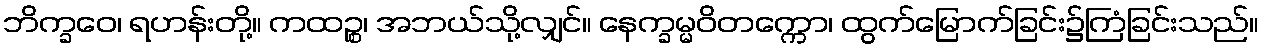
ဘိက္ခဝေ၊ ရဟန်းတို့။ ကထဉ္စ၊ အဘယ်သို့လျှင်။ နေက္ခမ္မဝိတက္ကော၊ ထွက်မြောက်ခြင်း၌ကြံခြင်းသည်။